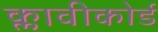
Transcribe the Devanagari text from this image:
क्लावीकोर्ड